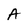
Character: A